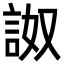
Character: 詉